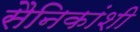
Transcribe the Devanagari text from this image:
सैनिकांशी